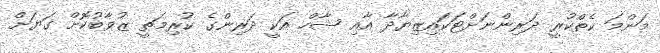
މަންމަ ކެތްކުރީ ދަރިންނަށްޓަަކައިޒިޔާދާ އާއި ޝާހް އަކީ ދަރިންގެ ކުރިމަތީ ޒުވާބުކޮށް ގަޔަށް